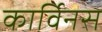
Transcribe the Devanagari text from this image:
कार्विनस